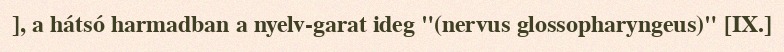
], a hátsó harmadban a nyelv-garat ideg "(nervus glossopharyngeus)" [IX.]